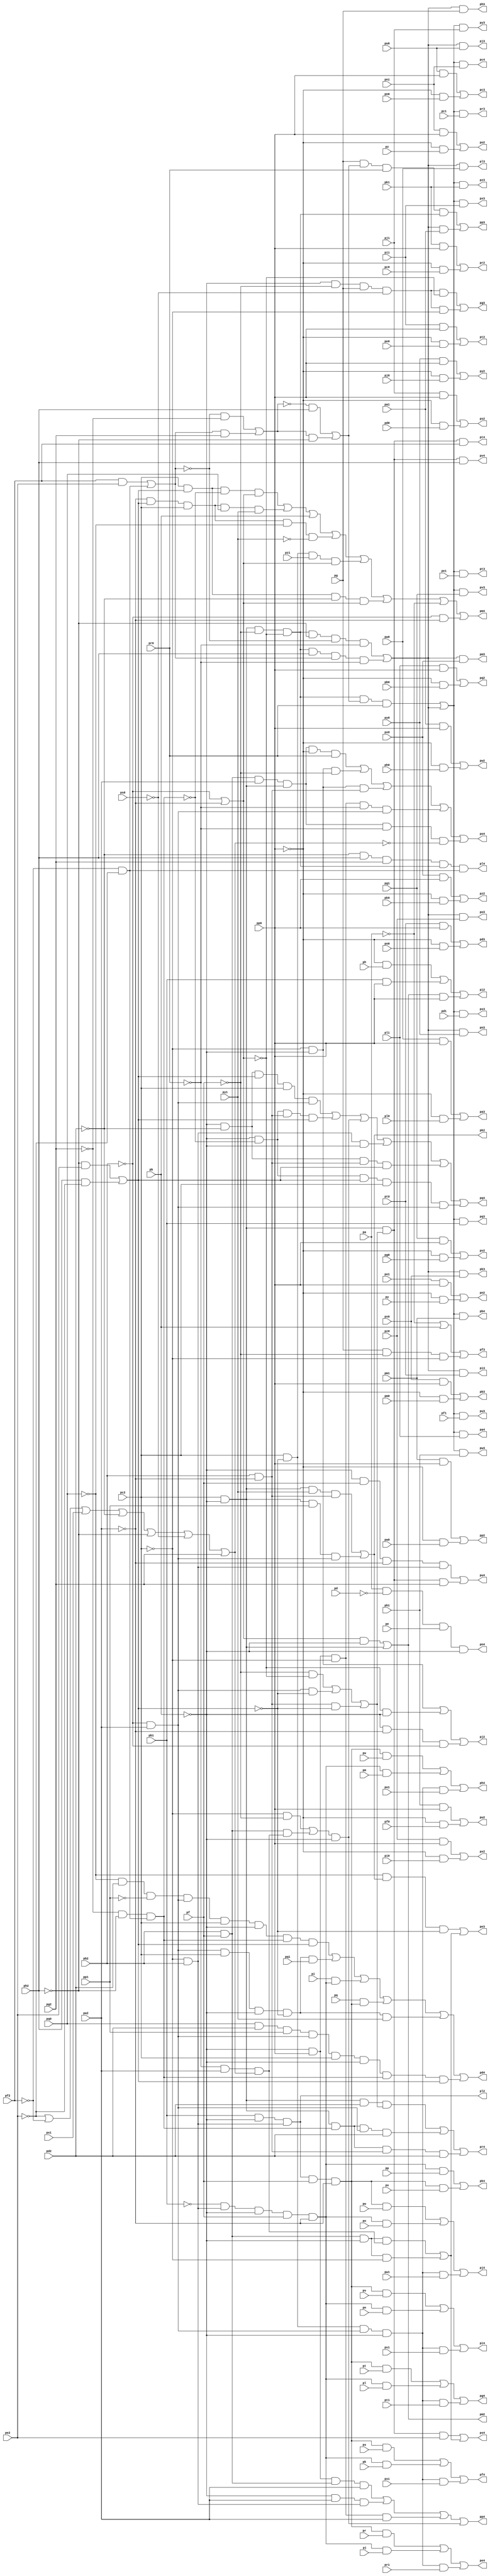
// Benchmark "top" written by ABC on Fri Mar 31 12:09:39 2023

module top ( 
    pa1, pb2, pp, pa0, pc2, pq, pb0, pc1, pr, pa2, pb1, pc0, ps, pd0, pe1,
    pf2, pt, pd1, pe0, pg2, pu, pd2, pf0, pg1, pv, pe2, pf1, pg0, pw, ph0,
    pi1, px, ph1, pi0, py, ph2, pj0, pk1, pz, pj1, pk0, pl0, pm1, pl1, pm0,
    pn0, po1, pn1, po0, pp0, pq1, pa, pp1, pq0, pb, pr0, ps1, pr1, ps0, pd,
    pt0, pu1, pe, pt1, pu0, pf, pv0, pw1, pg, pv1, pw0, ph, px0, py1, pi,
    px1, py0, pj, pz0, pk, pz1, pl, pm, pn, po,
    pc3, pd4, pb3, pe4, pa3, pf4, pg4, pg3, pa4, pf3, pb4, pe3, pc4, pd3,
    pj2, pk3, pl4, pj3, pk2, pm4, pi3, pn4, ph3, pi2, po4, ph4, pn2, po3,
    pi4, pn3, po2, pj4, pl2, pm3, pk4, pl3, pm2, pr2, ps3, pt4, pr3, ps2,
    pu4, pp2, pq3, pv4, pp3, pq2, pp4, pv2, pw3, pq4, pv3, pw2, pr4, pt2,
    pu3, ps4, pt3, pu2, pz2, pz3, px2, py3, px3, py2  );
  input  pa1, pb2, pp, pa0, pc2, pq, pb0, pc1, pr, pa2, pb1, pc0, ps,
    pd0, pe1, pf2, pt, pd1, pe0, pg2, pu, pd2, pf0, pg1, pv, pe2, pf1, pg0,
    pw, ph0, pi1, px, ph1, pi0, py, ph2, pj0, pk1, pz, pj1, pk0, pl0, pm1,
    pl1, pm0, pn0, po1, pn1, po0, pp0, pq1, pa, pp1, pq0, pb, pr0, ps1,
    pr1, ps0, pd, pt0, pu1, pe, pt1, pu0, pf, pv0, pw1, pg, pv1, pw0, ph,
    px0, py1, pi, px1, py0, pj, pz0, pk, pz1, pl, pm, pn, po;
  output pc3, pd4, pb3, pe4, pa3, pf4, pg4, pg3, pa4, pf3, pb4, pe3, pc4, pd3,
    pj2, pk3, pl4, pj3, pk2, pm4, pi3, pn4, ph3, pi2, po4, ph4, pn2, po3,
    pi4, pn3, po2, pj4, pl2, pm3, pk4, pl3, pm2, pr2, ps3, pt4, pr3, ps2,
    pu4, pp2, pq3, pv4, pp3, pq2, pp4, pv2, pw3, pq4, pv3, pw2, pr4, pt2,
    pu3, ps4, pt3, pu2, pz2, pz3, px2, py3, px3, py2;
  wire new_na1_, new_nb2_, new_np_, new_na0_, new_nc2_, new_nq_, new_nb0_,
    new_nc1_, new_nr_, new_na2_, new_nb1_, new_nc0_, new_ns_, new_nd0_,
    new_ne1_, new_nf2_, new_nt_, new_nd1_, new_ne0_, new_ng2_, new_nu_,
    new_nd2_, new_nf0_, new_ng1_, new_nv_, new_ne2_, new_nf1_, new_ng0_,
    new_nw_, new_nh0_, new_ni1_, new_nx_, new_nh1_, new_ni0_, new_ny_,
    new_nh2_, new_nj0_, new_nk1_, new_nz_, new_nj1_, new_nk0_, new_nl0_,
    new_nm1_, new_nl1_, new_nm0_, new_nn0_, new_no1_, new_nn1_, new_no0_,
    new_np0_, new_nq1_, new_na_, new_np1_, new_nq0_, new_nb_, new_nr0_,
    new_ns1_, new_nr1_, new_ns0_, new_nd_, new_nt0_, new_nu1_, new_ne_,
    new_nt1_, new_nu0_, new_nf_, new_nv0_, new_nw1_, new_ng_, new_nv1_,
    new_nw0_, new_nh_, new_nx0_, new_ny1_, new_ni_, new_nx1_, new_ny0_,
    new_nj_, new_nz0_, new_nk_, new_nz1_, new_nl_, new_nm_, new_nn_,
    new_no_, new_n_n137_, new_n_n131_, new_ns2_, new_ni3_, new_nr3_,
    new_nc4_, new_n_n85_, new_n_n77_, new_n_n69_, new_n_n138_, new_n_n130_,
    new_n_n124_, new_nj3_, new_nq3_, new_nd4_, new_n_n86_, new_n_n76_,
    new_nk4_, new_n_n136_, new_n_n132_, new_n_n125_, new_na3_, new_n_n100_,
    new_n_n93_, new_n_n84_, new_nh4_, new_n_n70_, new_nk2_, new_no2_,
    new_nr2_, new_n_n107_, new_n_n101_, new_n_n92_, new_nf4_, new_n_n78_,
    new_n_n71_, new_ni2_, new_nl2_, new_n_n128_, new_n_n121_, new_nx2_,
    new_n_n91_, new_n_n82_, new_n_n74_, new_n_n67_, new_n_n9_, new_n_n142_,
    new_n_n135_, new_nt2_, new_n_n120_, new_n_n114_, new_n_n90_,
    new_n_n83_, new_n_n73_, new_nm4_, new_n_n141_, new_np2_, new_n_n122_,
    new_n_n89_, new_n_n81_, new_ni4_, new_nl4_, new_nm2_, new_n_n129_,
    new_n_n123_, new_n_n88_, new_ng4_, new_n_n75_, new_n_n68_, new_n_n118_,
    new_n_n111_, new_nc3_, new_n_n97_, new_n_n95_, new_nz3_, new_n_n5_,
    new_nv2_, new_ny2_, new_n_n103_, new_ng3_, new_n_n94_, new_ny3_,
    new_n_n6_, new_nu2_, new_n_n112_, new_n_n102_, new_nh3_, new_no3_,
    new_nx3_, new_n_n7_, new_n_n119_, new_n_n113_, new_nd3_, new_n_n96_,
    new_np3_, new_nw3_, new_n_n8_, new_n_n140_, new_nn2_, new_n_n126_,
    new_nw2_, new_n_n108_, new_n_n106_, new_n_n99_, new_nm3_, new_nv3_,
    new_n_n80_, new_n_n72_, new_n_n1_, new_n_n133_, new_n_n127_,
    new_n_n115_, new_n_n109_, new_nb3_, new_ne3_, new_nn3_, new_nu3_,
    new_n_n79_, new_nj4_, new_n_n2_, new_n_n139_, new_nq2_, new_n_n117_,
    new_nz2_, new_n_n105_, new_n_n98_, new_nk3_, new_nt3_, new_na4_,
    new_n_n87_, new_n_n3_, new_nj2_, new_n_n134_, new_n_n116_, new_n_n110_,
    new_n_n104_, new_nf3_, new_nl3_, new_ns3_, new_nb4_, new_ne4_,
    new_n_n4_, new_nn4_, new_nq4_, new_ns4_, new_n_n39_, new_ng10_,
    new_n_n62_, new_n_n53_, new_n_n45_, new_na10_, new_nf10_, new_n_n63_,
    new_n_n52_, new_nt4_, new_nz9_, new_ne10_, new_n_n64_, new_n_n51_,
    new_n_n44_, new_n_n40_, new_n_n35_, new_n_n0_, new_n_n65_, new_n_n30_,
    new_nr10_, new_n_n21_, new_n_n10_, new_n_n66_, new_nj10_, new_nq10_,
    new_n_n20_, new_n_n11_, new_nk10_, new_ns10_, new_n_n23_, new_n_n12_,
    new_nl10_, new_n_n27_, new_n_n22_, new_n_n13_, new_nu4_, new_n_n38_,
    new_nh10_, new_nn10_, new_nv10_, new_n_n14_, new_n_n43_, new_nb10_,
    new_ni10_, new_n_n28_, new_n_n24_, new_n_n15_, new_n_n58_, new_n_n49_,
    new_n_n32_, new_np10_, new_nt10_, new_n_n16_, new_n_n57_, new_n_n50_,
    new_n_n31_, new_no10_, new_nu10_, new_n_n17_, new_n_n59_, new_np4_,
    new_nr4_, new_ny9_, new_n_n36_, new_n_n26_, new_n_n18_, new_n_n60_,
    new_n_n56_, new_n_n48_, new_n_n41_, new_nd10_, new_n_n25_, new_n_n19_,
    new_n_n61_, new_n_n55_, new_n_n46_, new_n_n42_, new_nc10_, new_n_n34_,
    new_n_n29_, new_no4_, new_n_n54_, new_n_n47_, new_nv4_, new_n_n37_,
    new_n_n33_, new_nm10_;
  assign new_na1_ = pa1;
  assign new_nb2_ = pb2;
  assign pc3 = new_nc3_;
  assign pd4 = new_nd4_;
  assign new_np_ = pp;
  assign new_na0_ = pa0;
  assign pb3 = new_nb3_;
  assign new_nc2_ = pc2;
  assign pe4 = new_ne4_;
  assign new_nq_ = pq;
  assign pa3 = new_na3_;
  assign new_nb0_ = pb0;
  assign new_nc1_ = pc1;
  assign pf4 = new_nf4_;
  assign new_nr_ = pr;
  assign new_na2_ = pa2;
  assign new_nb1_ = pb1;
  assign new_nc0_ = pc0;
  assign pg4 = new_ng4_;
  assign new_ns_ = ps;
  assign new_nd0_ = pd0;
  assign new_ne1_ = pe1;
  assign new_nf2_ = pf2;
  assign pg3 = new_ng3_;
  assign new_nt_ = pt;
  assign pa4 = new_na4_;
  assign new_nd1_ = pd1;
  assign new_ne0_ = pe0;
  assign pf3 = new_nf3_;
  assign new_ng2_ = pg2;
  assign new_nu_ = pu;
  assign pb4 = new_nb4_;
  assign new_nd2_ = pd2;
  assign pe3 = new_ne3_;
  assign new_nf0_ = pf0;
  assign new_ng1_ = pg1;
  assign new_nv_ = pv;
  assign pc4 = new_nc4_;
  assign pd3 = new_nd3_;
  assign new_ne2_ = pe2;
  assign new_nf1_ = pf1;
  assign new_ng0_ = pg0;
  assign new_nw_ = pw;
  assign new_nh0_ = ph0;
  assign new_ni1_ = pi1;
  assign pj2 = new_nj2_;
  assign pk3 = new_nk3_;
  assign pl4 = new_nl4_;
  assign new_nx_ = px;
  assign new_nh1_ = ph1;
  assign new_ni0_ = pi0;
  assign pj3 = new_nj3_;
  assign pk2 = new_nk2_;
  assign pm4 = new_nm4_;
  assign new_ny_ = py;
  assign new_nh2_ = ph2;
  assign pi3 = new_ni3_;
  assign new_nj0_ = pj0;
  assign new_nk1_ = pk1;
  assign pn4 = new_nn4_;
  assign new_nz_ = pz;
  assign ph3 = new_nh3_;
  assign pi2 = new_ni2_;
  assign new_nj1_ = pj1;
  assign new_nk0_ = pk0;
  assign po4 = new_no4_;
  assign ph4 = new_nh4_;
  assign new_nl0_ = pl0;
  assign new_nm1_ = pm1;
  assign pn2 = new_nn2_;
  assign po3 = new_no3_;
  assign pi4 = new_ni4_;
  assign new_nl1_ = pl1;
  assign new_nm0_ = pm0;
  assign pn3 = new_nn3_;
  assign po2 = new_no2_;
  assign pj4 = new_nj4_;
  assign pl2 = new_nl2_;
  assign pm3 = new_nm3_;
  assign new_nn0_ = pn0;
  assign new_no1_ = po1;
  assign pk4 = new_nk4_;
  assign pl3 = new_nl3_;
  assign pm2 = new_nm2_;
  assign new_nn1_ = pn1;
  assign new_no0_ = po0;
  assign new_np0_ = pp0;
  assign new_nq1_ = pq1;
  assign pr2 = new_nr2_;
  assign ps3 = new_ns3_;
  assign pt4 = new_nt4_;
  assign new_na_ = pa;
  assign new_np1_ = pp1;
  assign new_nq0_ = pq0;
  assign pr3 = new_nr3_;
  assign ps2 = new_ns2_;
  assign pu4 = new_nu4_;
  assign new_nb_ = pb;
  assign pp2 = new_np2_;
  assign pq3 = new_nq3_;
  assign new_nr0_ = pr0;
  assign new_ns1_ = ps1;
  assign pv4 = new_nv4_;
  assign pp3 = new_np3_;
  assign pq2 = new_nq2_;
  assign new_nr1_ = pr1;
  assign new_ns0_ = ps0;
  assign new_nd_ = pd;
  assign pp4 = new_np4_;
  assign new_nt0_ = pt0;
  assign new_nu1_ = pu1;
  assign pv2 = new_nv2_;
  assign pw3 = new_nw3_;
  assign new_ne_ = pe;
  assign pq4 = new_nq4_;
  assign new_nt1_ = pt1;
  assign new_nu0_ = pu0;
  assign pv3 = new_nv3_;
  assign pw2 = new_nw2_;
  assign new_nf_ = pf;
  assign pr4 = new_nr4_;
  assign pt2 = new_nt2_;
  assign pu3 = new_nu3_;
  assign new_nv0_ = pv0;
  assign new_nw1_ = pw1;
  assign new_ng_ = pg;
  assign ps4 = new_ns4_;
  assign pt3 = new_nt3_;
  assign pu2 = new_nu2_;
  assign new_nv1_ = pv1;
  assign new_nw0_ = pw0;
  assign new_nh_ = ph;
  assign new_nx0_ = px0;
  assign new_ny1_ = py1;
  assign pz2 = new_nz2_;
  assign new_ni_ = pi;
  assign new_nx1_ = px1;
  assign new_ny0_ = py0;
  assign pz3 = new_nz3_;
  assign new_nj_ = pj;
  assign px2 = new_nx2_;
  assign py3 = new_ny3_;
  assign new_nz0_ = pz0;
  assign new_nk_ = pk;
  assign px3 = new_nx3_;
  assign py2 = new_ny2_;
  assign new_nz1_ = pz1;
  assign new_nl_ = pl;
  assign new_nm_ = pm;
  assign new_nn_ = pn;
  assign new_no_ = po;
  assign new_n_n137_ = new_n_n15_ & new_n_n13_ & new_n_n10_;
  assign new_n_n131_ = new_n_n5_ & new_nz_;
  assign new_ns2_ = new_n_n122_ | new_n_n123_;
  assign new_ni3_ = new_nz9_ & new_nt0_;
  assign new_nr3_ = new_ny9_ & new_nc1_;
  assign new_nc4_ = new_ny9_ & new_nn1_;
  assign new_n_n85_ = new_nq10_ & new_nr1_;
  assign new_n_n77_ = new_np10_ & new_nm_;
  assign new_n_n69_ = new_no10_ & new_nx_;
  assign new_n_n138_ = new_n_n9_ & new_n_n15_;
  assign new_n_n130_ = new_nn1_ & new_np0_;
  assign new_n_n124_ = new_nk1_ & new_np0_;
  assign new_nj3_ = new_nz9_ & new_nu0_;
  assign new_nq3_ = new_ny9_ & new_nb1_;
  assign new_nd4_ = new_n_n88_ | new_n_n91_ | new_n_n93_ | new_n_n92_ | new_n_n90_ | new_n_n89_;
  assign new_n_n86_ = new_np10_ & new_nj_;
  assign new_n_n76_ = new_nq10_ & new_nu1_;
  assign new_nk4_ = new_n_n68_ | new_n_n69_;
  assign new_n_n136_ = new_nh10_ & new_np1_ & new_nj10_;
  assign new_n_n132_ = new_no1_ & new_np0_;
  assign new_n_n125_ = new_n_n5_ & new_nc0_;
  assign new_na3_ = new_n_n106_ | new_n_n107_;
  assign new_n_n100_ = new_nt0_ & new_np0_;
  assign new_n_n93_ = new_ni_ & new_np10_;
  assign new_n_n84_ = new_no10_ & new_ns_;
  assign new_nh4_ = new_n_n78_ | new_n_n77_ | new_n_n76_;
  assign new_n_n70_ = new_nq10_ & new_nw1_;
  assign new_nk2_ = new_n_n135_ | new_n_n136_;
  assign new_no2_ = new_n_n130_ | new_n_n131_;
  assign new_nr2_ = new_n_n124_ | new_n_n125_;
  assign new_n_n107_ = new_n_n5_ & new_nl0_;
  assign new_n_n101_ = new_n_n5_ & new_no0_;
  assign new_n_n92_ = new_nq_ & new_no10_;
  assign new_nf4_ = new_n_n84_ | new_n_n83_ | new_n_n82_;
  assign new_n_n78_ = new_no10_ & new_nu_;
  assign new_n_n71_ = new_np10_ & new_no_;
  assign new_ni2_ = new_n_n142_ | new_n_n141_ | new_n_n140_;
  assign new_nl2_ = new_nb1_ & new_n_n15_ & new_nl10_;
  assign new_n_n128_ = new_nm1_ & new_np0_;
  assign new_n_n121_ = new_n_n5_ & new_ne0_;
  assign new_nx2_ = new_n_n112_ | new_n_n113_;
  assign new_n_n91_ = new_nj10_ & new_nc2_ & new_n_n15_ & new_n_n16_ & new_nq1_;
  assign new_n_n82_ = new_nq10_ & new_ns1_;
  assign new_n_n74_ = new_np10_ & new_nn_;
  assign new_n_n67_ = new_n_n10_ & new_n_n13_;
  assign new_n_n9_ = ~new_nc10_;
  assign new_n_n142_ = new_n_n5_ & new_nh_;
  assign new_n_n135_ = new_nh10_ & new_ny1_ & new_nk10_;
  assign new_nt2_ = new_n_n120_ | new_n_n121_;
  assign new_n_n120_ = new_ni1_ & new_np0_;
  assign new_n_n114_ = new_na1_ & new_np0_;
  assign new_n_n90_ = new_nj10_ & new_nc2_ & new_n_n15_ & new_n_n16_ & new_ny1_;
  assign new_n_n83_ = new_np10_ & new_nk_;
  assign new_n_n73_ = new_nq10_ & new_nv1_;
  assign new_nm4_ = new_n_n64_ | new_n_n63_ | new_nb_ | new_n_n62_ | new_n_n66_ | new_n_n65_ | new_n_n1_ | new_n_n67_;
  assign new_n_n141_ = new_nb1_ & new_np0_;
  assign new_np2_ = new_n_n128_ | new_n_n129_;
  assign new_n_n122_ = new_nj1_ & new_np0_;
  assign new_n_n89_ = new_nq0_ & new_nd2_ & new_np1_ & new_nj10_ & new_nc2_ & new_n_n15_ & new_ne10_ & new_nd10_;
  assign new_n_n81_ = new_no10_ & new_nt_;
  assign new_ni4_ = new_n_n75_ | new_n_n74_ | new_n_n73_;
  assign new_nl4_ = new_n_n21_ & new_nh2_ & new_ng2_ & new_na10_ & new_nv10_;
  assign new_nm2_ = new_n_n134_ | new_nh10_;
  assign new_n_n129_ = new_n_n5_ & new_na0_;
  assign new_n_n123_ = new_n_n5_ & new_nd0_;
  assign new_n_n88_ = new_n_n3_ & new_nd2_ & new_n_n0_ & new_nj10_ & new_nc2_ & new_n_n15_ & new_ne10_ & new_nd10_;
  assign new_ng4_ = new_n_n81_ | new_n_n80_ | new_n_n79_;
  assign new_n_n75_ = new_no10_ & new_nv_;
  assign new_n_n68_ = new_np10_ & new_np_;
  assign new_n_n118_ = new_nh1_ & new_np0_;
  assign new_n_n111_ = new_n_n5_ & new_nj0_;
  assign new_nc3_ = new_n_n102_ | new_n_n103_;
  assign new_n_n97_ = new_n_n15_ & new_n_n12_ & new_ng_ & new_n_n20_ & new_n_n11_;
  assign new_n_n95_ = new_nz9_ & new_na1_;
  assign new_nz3_ = new_ny9_ & new_nk1_;
  assign new_n_n5_ = ~new_np0_;
  assign new_nv2_ = new_n_n116_ | new_n_n117_;
  assign new_ny2_ = new_n_n110_ | new_n_n111_;
  assign new_n_n103_ = new_n_n5_ & new_nn0_;
  assign new_ng3_ = new_n_n96_ | new_n_n97_;
  assign new_n_n94_ = new_ng_ & new_nb10_ & new_nr0_ & new_na10_;
  assign new_ny3_ = new_ny9_ & new_nj1_;
  assign new_n_n6_ = ~new_nu10_;
  assign new_nu2_ = new_n_n118_ | new_n_n119_;
  assign new_n_n112_ = new_nz0_ & new_np0_;
  assign new_n_n102_ = new_nu0_ & new_np0_;
  assign new_nh3_ = new_nz9_ & new_ng_;
  assign new_no3_ = new_nz9_ & new_nz0_;
  assign new_nx3_ = new_ny9_ & new_ni1_;
  assign new_n_n7_ = ~new_ne10_;
  assign new_n_n119_ = new_n_n5_ & new_nf0_;
  assign new_n_n113_ = new_n_n5_ & new_ni0_;
  assign new_nd3_ = new_n_n100_ | new_n_n101_;
  assign new_n_n96_ = new_n_n15_ & new_n_n12_ & new_ng_ & new_n_n20_ & new_n_n9_;
  assign new_np3_ = new_n_n94_ | new_n_n95_;
  assign new_nw3_ = new_ny9_ & new_nh1_;
  assign new_n_n8_ = ~new_ns10_;
  assign new_n_n140_ = new_nm2_ & new_np0_;
  assign new_nn2_ = new_n_n132_ | new_n_n133_;
  assign new_n_n126_ = new_nl1_ & new_np0_;
  assign new_nw2_ = new_n_n114_ | new_n_n115_;
  assign new_n_n108_ = new_nx0_ & new_np0_;
  assign new_n_n106_ = new_nw0_ & new_np0_;
  assign new_n_n99_ = new_n_n3_ & new_nk2_ & new_n_n16_;
  assign new_nm3_ = new_nz9_ & new_nx0_;
  assign new_nv3_ = new_ny9_ & new_ng1_;
  assign new_n_n80_ = new_np10_ & new_nl_;
  assign new_n_n72_ = new_no10_ & new_nw_;
  assign new_n_n1_ = ~new_na_;
  assign new_n_n133_ = new_n_n5_ & new_ny_;
  assign new_n_n127_ = new_n_n5_ & new_nb0_;
  assign new_n_n115_ = new_n_n5_ & new_nh0_;
  assign new_n_n109_ = new_n_n5_ & new_nk0_;
  assign new_nb3_ = new_n_n104_ | new_n_n105_;
  assign new_ne3_ = new_n_n99_ | new_ng10_;
  assign new_nn3_ = new_nz9_ & new_ny0_;
  assign new_nu3_ = new_ny9_ & new_nf1_;
  assign new_n_n79_ = new_nq10_ & new_nt1_;
  assign new_nj4_ = new_n_n72_ | new_n_n71_ | new_n_n70_;
  assign new_n_n2_ = ~new_ny1_;
  assign new_n_n139_ = new_n_n11_ & new_n_n15_;
  assign new_nq2_ = new_n_n126_ | new_n_n127_;
  assign new_n_n117_ = new_n_n5_ & new_ng0_;
  assign new_nz2_ = new_n_n108_ | new_n_n109_;
  assign new_n_n105_ = new_n_n5_ & new_nm0_;
  assign new_n_n98_ = new_ng_ & new_n_n12_ & new_n_n11_;
  assign new_nk3_ = new_nz9_ & new_nv0_;
  assign new_nt3_ = new_ny9_ & new_ne1_;
  assign new_na4_ = new_ny9_ & new_nl1_;
  assign new_n_n87_ = new_no10_ & new_nr_;
  assign new_n_n3_ = ~new_nq0_;
  assign new_nj2_ = new_n_n139_ | new_n_n138_ | new_n_n137_;
  assign new_n_n134_ = new_nc10_ & new_n_n15_;
  assign new_n_n116_ = new_ng1_ & new_np0_;
  assign new_n_n110_ = new_ny0_ & new_np0_;
  assign new_n_n104_ = new_nv0_ & new_np0_;
  assign new_nf3_ = new_n_n1_ | new_nb_ | new_n_n98_;
  assign new_nl3_ = new_nz9_ & new_nw0_;
  assign new_ns3_ = new_ny9_ & new_nd1_;
  assign new_nb4_ = new_ny9_ & new_nm1_;
  assign new_ne4_ = new_n_n87_ | new_n_n86_ | new_n_n85_;
  assign new_n_n4_ = ~new_nd_;
  assign new_nn4_ = new_na_ & new_n_n4_ & new_ne_ & new_n_n15_;
  assign new_nq4_ = new_n_n48_ | new_n_n51_ | new_n_n53_ | new_n_n52_ | new_n_n50_ | new_n_n49_;
  assign new_ns4_ = new_n_n44_ | new_ng10_;
  assign new_n_n39_ = new_na10_ & new_n_n22_ & new_n_n17_ & new_n_n19_;
  assign new_ng10_ = new_n_n33_ | new_n_n34_;
  assign new_n_n62_ = new_n_n13_ & new_nd10_ & new_nc2_ & new_n_n3_ & new_n_n2_;
  assign new_n_n53_ = new_nm10_ & new_n_n15_;
  assign new_n_n45_ = new_nh10_ & new_ne10_ & new_nk10_ & new_nd2_;
  assign new_na10_ = new_nh10_ & new_n_n12_ & new_n_n9_;
  assign new_nf10_ = new_nh10_ & new_ni10_;
  assign new_n_n63_ = new_n_n13_ & new_nd10_ & new_nc2_ & new_nq0_ & new_ny1_;
  assign new_n_n52_ = new_nl10_ & new_n_n15_;
  assign new_nt4_ = new_nf10_ & new_nf2_;
  assign new_nz9_ = new_n_n39_ | new_n_n40_;
  assign new_ne10_ = new_n_n18_ & new_n_n22_ & new_nv10_;
  assign new_n_n64_ = new_nc2_ & new_nd10_ & new_n_n7_ & new_nc10_;
  assign new_n_n51_ = new_n_n15_ & new_n_n7_ & new_nk10_ & new_nd10_;
  assign new_n_n44_ = new_nf10_ & new_ne2_;
  assign new_n_n40_ = new_na10_ & new_nh2_ & new_nr10_ & new_n_n19_;
  assign new_n_n35_ = new_n_n22_ & new_ne2_;
  assign new_n_n0_ = ~new_np1_;
  assign new_n_n65_ = new_nc2_ & new_nd10_ & new_n_n21_ & new_nc10_;
  assign new_n_n30_ = new_nk10_ & new_n_n16_;
  assign new_nr10_ = new_n_n27_ | new_nv10_;
  assign new_n_n21_ = ~new_nd2_;
  assign new_n_n10_ = ~new_nb2_;
  assign new_n_n66_ = new_nc2_ & new_n_n16_ & new_nz1_ & new_nc10_;
  assign new_nj10_ = new_n_n10_ & new_na2_;
  assign new_nq10_ = new_n_n16_ & new_nc2_ & new_nj10_ & new_n_n15_;
  assign new_n_n20_ = ~new_ns0_;
  assign new_n_n11_ = ~new_nc2_;
  assign new_nk10_ = new_nb2_ & new_n_n13_;
  assign new_ns10_ = new_n_n25_ | new_n_n26_;
  assign new_n_n23_ = ~new_nf2_;
  assign new_n_n12_ = ~new_nf_;
  assign new_nl10_ = new_n_n11_ & new_nb2_;
  assign new_n_n27_ = new_nf2_ & new_ne2_;
  assign new_n_n22_ = ~new_nh2_;
  assign new_n_n13_ = ~new_na2_;
  assign new_nu4_ = new_n_n42_ | new_n_n43_;
  assign new_n_n38_ = new_ns10_ & new_n_n22_;
  assign new_nh10_ = new_nc2_ & new_n_n15_;
  assign new_nn10_ = new_nb2_ & new_nf_;
  assign new_nv10_ = new_n_n23_ & new_n_n24_;
  assign new_n_n14_ = ~new_nb1_;
  assign new_n_n43_ = new_nf10_ & new_ng2_;
  assign new_nb10_ = new_n_n37_ | new_n_n38_;
  assign new_ni10_ = new_n_n32_ | new_n_n31_ | new_n_n30_;
  assign new_n_n28_ = new_n_n11_ & new_n_n12_;
  assign new_n_n24_ = ~new_ne2_;
  assign new_n_n15_ = ~new_nb_;
  assign new_n_n58_ = new_n_n15_ & new_np0_ & new_n_n11_ & new_n_n19_ & new_nj10_;
  assign new_n_n49_ = new_n_n15_ & new_n_n7_ & new_nd10_ & new_nc2_ & new_nj10_;
  assign new_n_n32_ = new_n_n12_ & new_n_n9_;
  assign new_np10_ = new_n_n14_ & new_nl10_ & new_n_n15_ & new_nf_ & new_n_n13_;
  assign new_nt10_ = new_n_n19_ & new_na2_ & new_nu10_;
  assign new_n_n16_ = ~new_nd10_;
  assign new_n_n57_ = new_nn10_ & new_na2_ & new_nh10_ & new_n_n19_ & new_n_n6_;
  assign new_n_n50_ = new_n_n15_ & new_n_n21_ & new_nk10_ & new_nd10_;
  assign new_n_n31_ = new_nj10_ & new_n_n16_;
  assign new_no10_ = new_nl2_ & new_nf_ & new_n_n13_;
  assign new_nu10_ = new_n_n24_ | new_n_n23_ | new_nx1_ | new_n_n21_ | new_n_n22_ | new_n_n20_ | new_ng2_;
  assign new_n_n17_ = ~new_nr10_;
  assign new_n_n59_ = new_nn10_ & new_na2_ & new_nh10_ & new_n_n5_ & new_nr0_;
  assign new_np4_ = new_n_n54_ | new_n_n56_ | new_n_n55_ | new_n_n53_;
  assign new_nr4_ = new_n_n47_ | new_n_n46_ | new_n_n45_;
  assign new_ny9_ = new_n_n41_ | new_nz9_;
  assign new_n_n36_ = new_nh2_ & new_n_n24_;
  assign new_n_n26_ = new_nr10_ & new_ng2_;
  assign new_n_n18_ = ~new_ng2_;
  assign new_n_n60_ = new_n_n15_ & new_n_n11_ & new_nk10_;
  assign new_n_n56_ = new_n_n15_ & new_na2_ & new_nl10_;
  assign new_n_n48_ = new_n_n15_ & new_n_n21_ & new_nd10_ & new_nc2_ & new_nj10_;
  assign new_n_n41_ = new_na10_ & new_nb10_ & new_nr0_;
  assign new_nd10_ = new_n_n35_ | new_n_n36_;
  assign new_n_n25_ = new_n_n17_ & new_n_n18_;
  assign new_n_n19_ = ~new_nr0_;
  assign new_n_n61_ = new_n_n15_ & new_n_n11_ & new_n_n12_;
  assign new_n_n55_ = new_n_n15_ & new_np0_ & new_n_n11_ & new_na2_;
  assign new_n_n46_ = new_nh10_ & new_ne10_ & new_nj10_ & new_nd2_;
  assign new_n_n42_ = new_n_n15_ & new_nf_ & new_n_n13_ & new_nl10_;
  assign new_nc10_ = new_n_n10_ | new_n_n13_;
  assign new_n_n34_ = new_nn10_ & new_n_n15_ & new_n_n11_;
  assign new_n_n29_ = new_nn10_ & new_nt10_;
  assign new_no4_ = new_n_n59_ | new_n_n61_ | new_n_n60_ | new_n_n58_ | new_n_n57_;
  assign new_n_n54_ = new_n_n15_ & new_np0_ & new_nn10_ & new_na2_;
  assign new_n_n47_ = new_nh10_ & new_nd2_ & new_ni10_;
  assign new_nv4_ = new_nf10_ & new_nh2_;
  assign new_n_n37_ = new_n_n8_ & new_nh2_;
  assign new_n_n33_ = new_nn10_ & new_n_n15_ & new_nt10_;
  assign new_nm10_ = new_n_n28_ | new_n_n29_;
endmodule